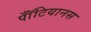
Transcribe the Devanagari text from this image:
पॉँटियानस